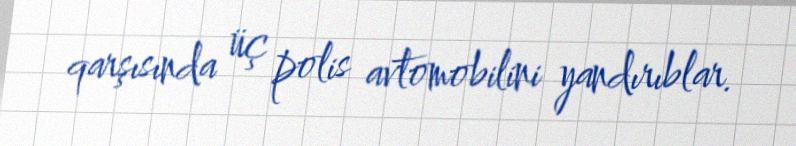
qarşısında üç polis avtomobilini yandırıblar.